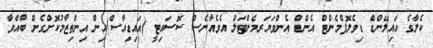
ކެލާގެ އައިލޭންޑް ޑިވެލޮޕްމެންޓް އެންޑް އެންވަޔަރމެންޓަލް އެވެއާނެސް ސޮސައިޓީ (އައިޑިއާސް)އިން އިންތިޒާމުކޮށްގެން ބާއްވާ